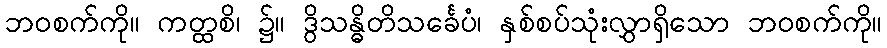
ဘဝစက်ကို။ ကတ္ထစိ၊ ၌။ ဒွိသန္ဓိတိသင်္ခေပံ၊ နှစ်စပ်သုံးလွှာရှိသော ဘဝစက်ကို။